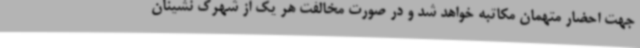
جهت احضار متهمان مکاتبه خواهد شد و در صورت مخالفت هر یک از شهرک نشینان